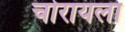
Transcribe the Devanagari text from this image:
चोरायला